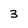
Character: 3